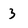
Character: 3